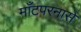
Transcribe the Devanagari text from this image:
माँटपरनासे